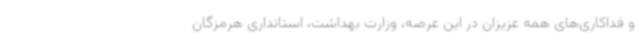
و فداکاری‌های همه عزیزان در این عرصه، وزارت بهداشت، استانداری هرمزگان